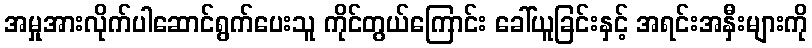
အမှုအားလိုက်ပါဆောင်ရွက်ပေးသူ ကိုင်တွယ်ကြောင်း ခေါ်ယူခြင်းနှင့် အရင်းအနှီးများကို